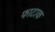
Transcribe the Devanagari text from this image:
फाटाक